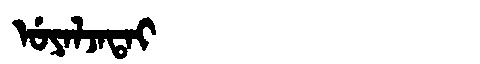
Manchu: ᡠᠶᠠᠯᠵᠠᡨᠠᡳ
Romanization: UYALJATAI